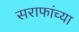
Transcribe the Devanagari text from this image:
सराफांच्या